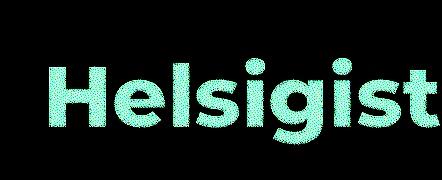
Helsigist